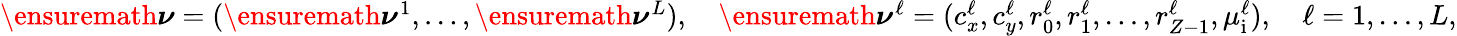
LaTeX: \begin{array}{r}{\ensuremath{\boldsymbol\nu}=(\ensuremath{\boldsymbol\nu}^{1},\ldots,\ensuremath{\boldsymbol\nu}^{L}),\quad\ensuremath{\boldsymbol\nu}^{\ell}=(c_{x}^{\ell},c_{y}^{\ell},r_{0}^{\ell},r_{1}^{\ell},\ldots,r_{Z-1}^{\ell},\mu_{\mathrm{i}}^{\ell}),\quad\ell=1,\ldots,L,}\end{array}